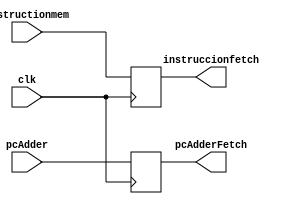
`timescale 1ns/1ns
module instructionFetch(
    input clk,
    input [31:0]instructionmem,
    input [31:0]pcAdder,
    output reg [31:0]instruccionfetch,
    output reg [31:0]pcAdderFetch
);

initial begin
    instruccionfetch=0;
    pcAdderFetch=0;
end

always @(posedge clk)begin
    pcAdderFetch <= pcAdder;
    instruccionfetch <= instructionmem;
end

endmodule